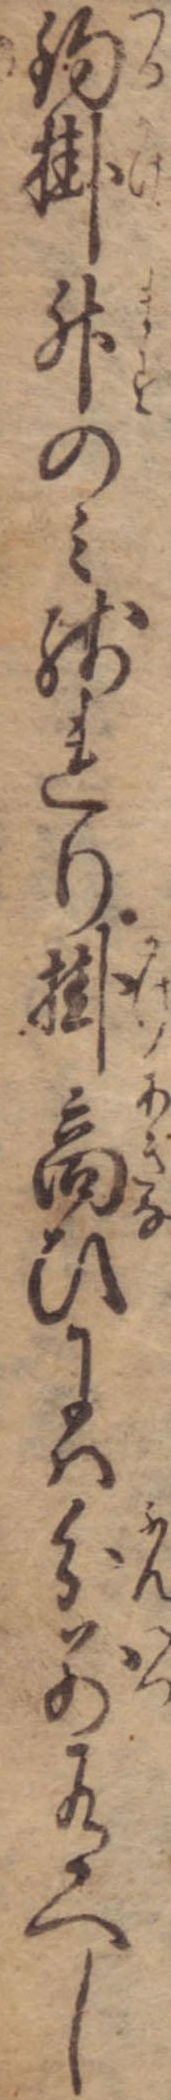
釣掛升のみ残れり掛商ひには分別有へし